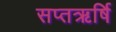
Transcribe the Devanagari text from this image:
सप्तऋर्षि